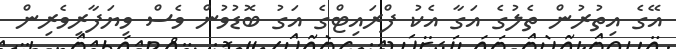
އޭގެ އިތުރުން ތެލުގެ އަގާ އެކު ފްރައިޓްގެ އަގު ބޮޑުވުން ވެސް ވިޔަފާރިވެރިން